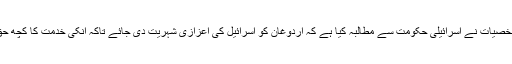
میڈیا کی نامور شخصیات نے اسرائیلی حکومت سے مطالبہ کیا ہے کہ اردوغان کو اسرائیل کی اعزازی شہریت دی جائے تاکہ انکی خدمت کا کچھ حق ادا کیا جاسکے۔